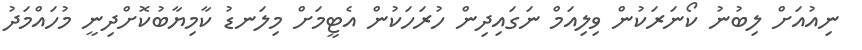
ނިއުއަށް ލިބުނު ކޯނަރަކުން ވިލިއަމް ނަގައިދިން ހުރަހަކުން އެޓީމަށް މިލަނޑު ކާމިޔާބުކޮށްދިނީ މުހައްމަދު